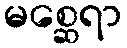
မစ္ဆေရာ